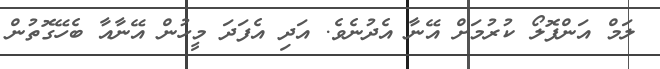
ލަމް އަންފޮލޯ ކުރުމަށް އޭނާ އެދުނެވެ. އަދި އެފަދަ މީހުން އޭނާއާ ބެހޭގޮތުން